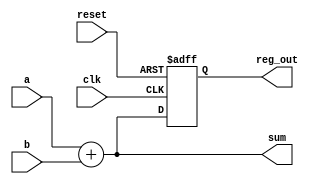
module example_logic (
    input wire clk,            // Clock input
    input wire reset,          // Asynchronous reset
    input wire [3:0] a,       // 4-bit input
    input wire [3:0] b,       // 4-bit input
    output reg [3:0] sum,     // 4-bit output for sum
    output reg [3:0] reg_out   // 4-bit output for register
);

// Combinational Logic: Sum of a and b
always @* begin
    sum = a + b; // Continuously update sum based on inputs a and b
end

// Sequential Logic: Register with reset
always @(posedge clk or posedge reset) begin
    if (reset) begin
        reg_out <= 4'b0000; // Asynchronous reset to 0
    end else begin
        reg_out <= sum; // Update register output on clock edge
    end
end

endmodule